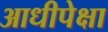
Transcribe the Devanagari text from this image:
आधीपेक्षा